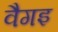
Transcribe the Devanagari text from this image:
वैगइ